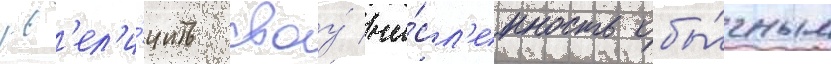
ув'ел'и́чить своу́ чи́сл'енность обы́чным